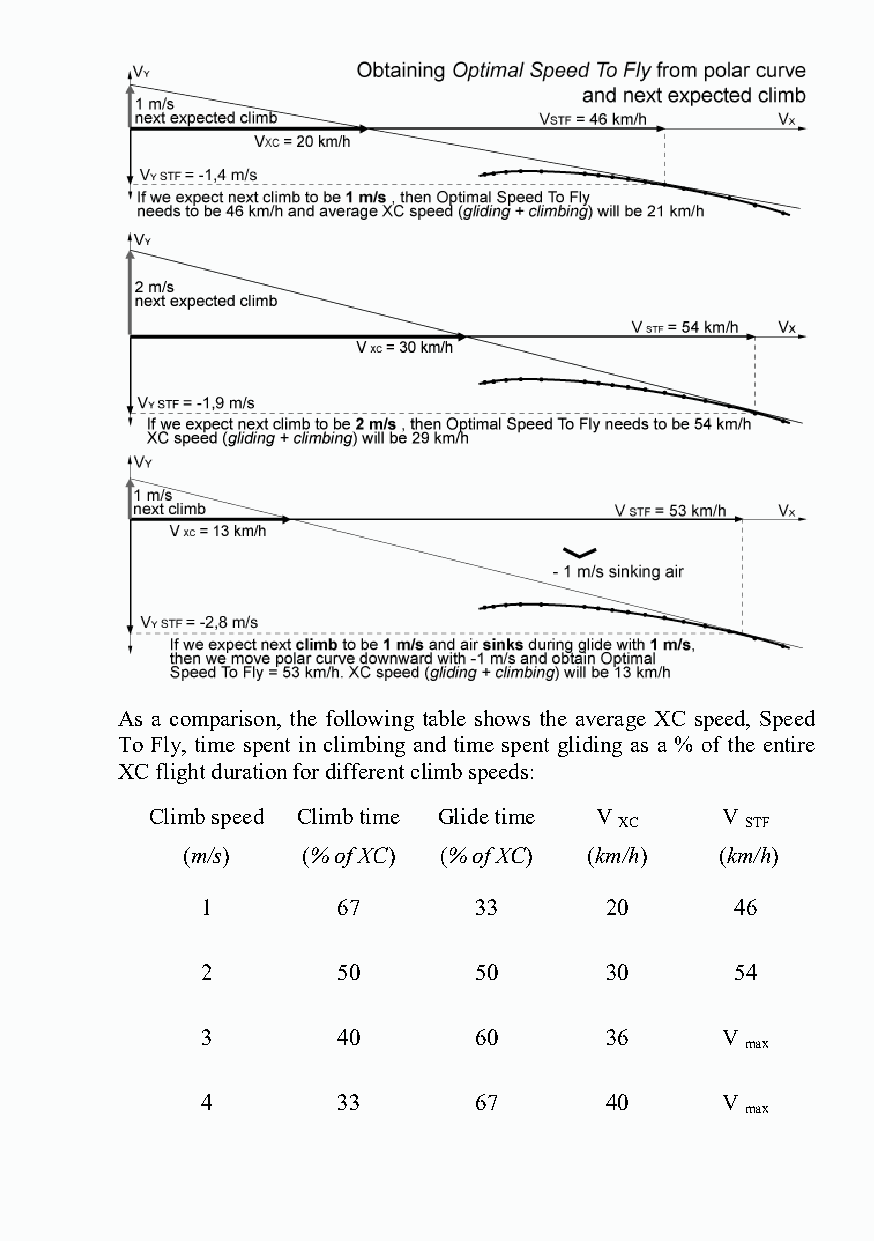
As a comparison, the following table shows the average XC speed, Speed
 To Fly, time spent in climbing and time spent gliding as a % of the entire
 XC flight duration for different climb speeds:
 Climb speed Climb time Glide time V   V
 XC      STF
 (m/s)   (% of XC) (% of XC) (km/h)  (km/h)
 1        67       33       20       46
 2        50       50       30       54
 3        40       60       36      V
 max
 4        33       67       40      V
 max